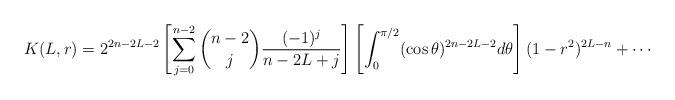
LaTeX: \begin{align*} K(L,r)&=2^{2n-2L-2}\left[\sum_{j=0}^{n-2} \binom{n-2}{j}\frac{(-1)^j}{n-2L+j}\right]\left[\int_0^{\pi/2} (\cos\theta)^{2n-2L-2} d\theta\right] (1-r^2)^{2L-n}+\cdots \end{align*}